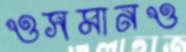
ওসমানও